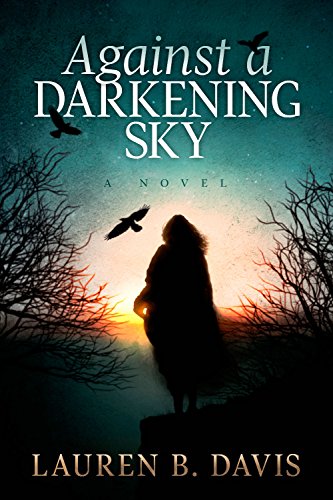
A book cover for Against a Darkening Sky; Lauren B. Davis; Religion & Spirituality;